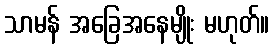
သာမန် အခြေအနေမျိုး မဟုတ်။